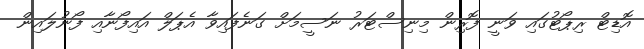
އޮޑިޓް ރިޕޯޓުގައި ވަނީ ފޮރިން މިނިސްޓަރު ނަސީމަށް ގަނެފައިވާ އެޕަލް އައިފޯނާއި ފޯނުލައިން